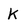
Character: k